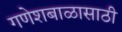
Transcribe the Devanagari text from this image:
गणेशबाळासाठी